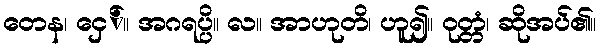
တေန၊ ငှေ်။ အဂရပ္ပိ။ လ။ အာဟုတိ၊ ဟူ၍။ ဝုတ္တံ၊ ဆိုအပ်၏။